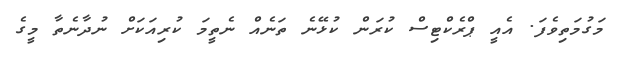
މަގުމަތިވެފަ. އެއީ ޕްރެކްޓިސް ކުރަން ކުޅޭނެ ތަނެއް ނެތީމަ ކުރިއަކަށް ނުދާނެތާ މީގެ